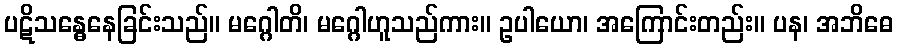
ပဋိသန္ဓေနေခြင်းသည်။ မဂ္ဂေါတိ၊ မဂ္ဂေါဟူသည်ကား။ ဥပါယော၊ အကြောင်းတည်း။ ပန၊ အဘိဓေ